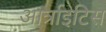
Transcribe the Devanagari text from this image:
आर्त्राइटिस